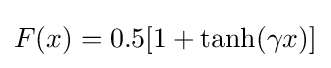
F(x)=0.5[1+\tanh(\gamma x)]